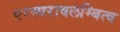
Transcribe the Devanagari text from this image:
परस्परावलम्बित्व